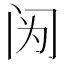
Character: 𰿫